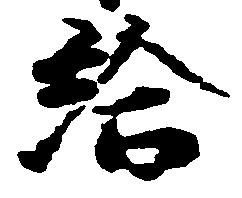
給